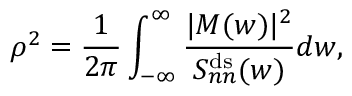
\rho ^ { 2 } = \frac { 1 } { 2 \pi } \int _ { - \infty } ^ { \infty } \frac { | M ( w ) | ^ { 2 } } { S _ { n n } ^ { \mathrm { d s } } ( w ) } d w ,